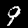
Digit: 9